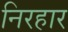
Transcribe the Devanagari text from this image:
निरहार